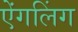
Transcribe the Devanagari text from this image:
ऐंगलिंग